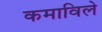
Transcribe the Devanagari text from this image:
कमाविले